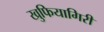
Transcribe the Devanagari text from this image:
खुफियागिरी